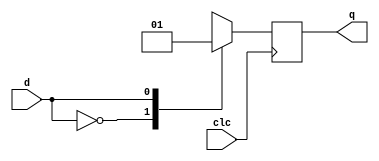
`timescale 1ns / 1ps



module d_ff(q,clc,d);
output q;
input d,clc;
reg q=1'b0;
always@(posedge clc)
case(d)
1'b0:q<=d;
1'b1:q<=d;
endcase
endmodule